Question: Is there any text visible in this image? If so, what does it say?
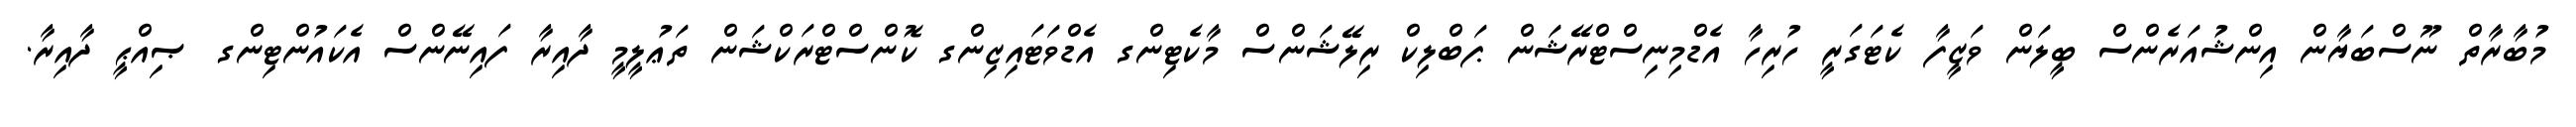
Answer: މުބާރާތް ނޫސްބަޔާން އިންޝުއަރެންސް ބީލަން ވަޒީފާ ކެޓަގަރީ ހުރިހާ އެޑްމިނިސްޓްރޭޝަން ޕަބްލިކް ރިލޭޝަންސް މާކެޓިންގ އެޑްވަޓައިޒިންގ ކޮންސްޓްރަކްޝަން ތަޢުލީމީ ދާއިރާ ފައިނޭންސް އެކައުންޓިންގ ޞިއްޙީ ދާއިރާ.